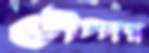
চৌদ্দর